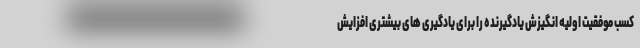
کسب موفقیت اولیه انگیزش یادگیرنده را برای یادگیری های بیشتری افزایش